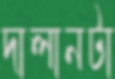
দালানটা